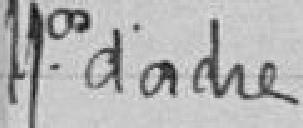
Numéro d'ordre